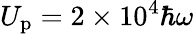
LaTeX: U_{\mathrm{p}}=2\times 10^{4}\hbar\omega